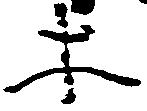
等